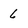
Character: 6